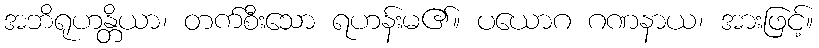
အဘိရုဟန္တိယာ၊ တက်စီးသော ရဟန်းမ၏။ ပယောဂ ဂဏနာယ၊ အားဖြင့်။